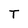
Character: T